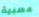
عصبية